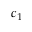
c _ { 1 }